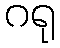
ဂရု